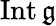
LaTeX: \operatorname{Int}{\mathfrak{g}}